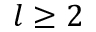
l \ge 2